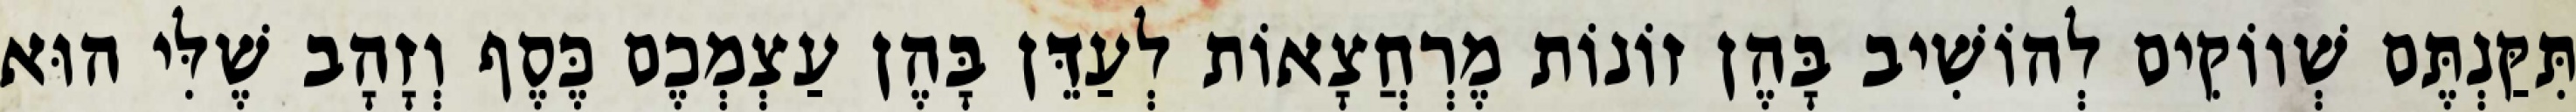
תִּקַּנְתֶּם שְׁווֹקִים לְהוֹשִׁיב בָּהֶן זוֹנוֹת מֶרְחֲצָאוֹת לְעַדֵּן בָּהֶן עַצְמְכֶם כֶּסֶף וְזָהָב שֶׁלִּי הוּא